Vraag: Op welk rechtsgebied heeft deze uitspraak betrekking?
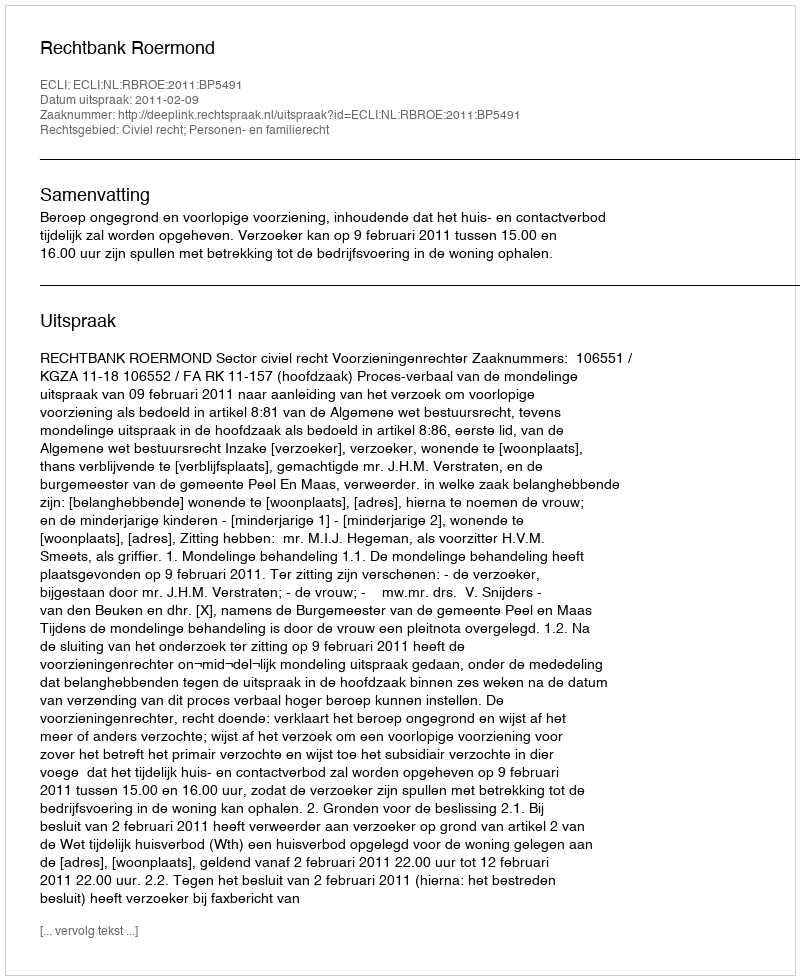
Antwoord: Civiel recht; Personen- en familierecht